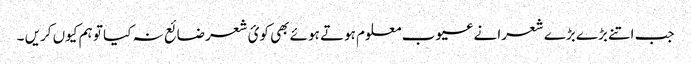
جب اتنے بڑے بڑے شعرا نے عیوب معلوم ہوتے ہوئے بھی کوئ شعر ضائع نہ کیا تو ہم کیوں کریں ۔